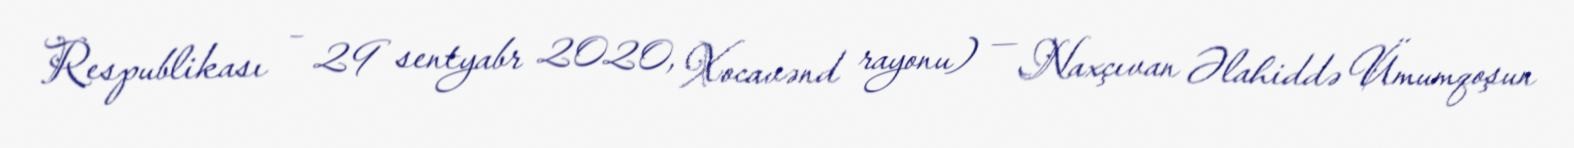
Respublikası – 29 sentyabr 2020, Xocavənd rayonu) — Naxçıvan Əlahiddə Ümumqoşun